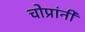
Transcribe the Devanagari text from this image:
चोप्रांनी